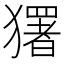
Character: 𭸭